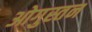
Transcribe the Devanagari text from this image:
ओगुस्तन